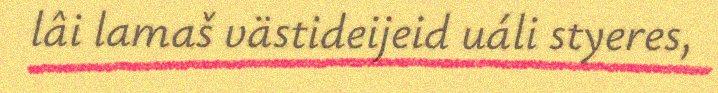
lâi lamaš västideijeid uáli styeres,